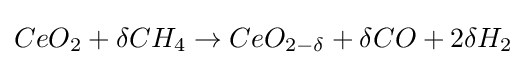
CeO_{2}+\delta CH_{4}\rightarrow CeO_{2-\delta }+\delta CO+2\delta H_{2}